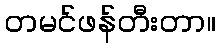
တမင်ဖန်တီးတာ။